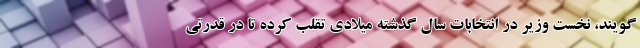
‌گویند، نخست وزیر در انتخابات سال گذشته میلادی تقلب کرده تا در قدرتی